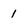
Character: 1